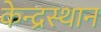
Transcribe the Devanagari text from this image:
केन्द्रस्थान